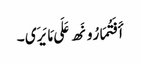
أَفَتُمَارُونَھ عَلَی مَا یَرَی ۔